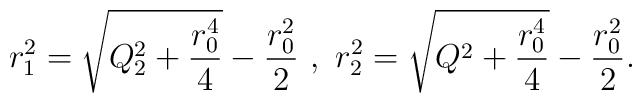
r_1^2=\sqrt{Q_2^2+\frac{r_0^4}{4}}-\frac{r_0^2}{2} \ , \ r_2^2=\sqrt{Q^2+\frac{r_0^4}{4}}-\frac{r_0^2}{2}.